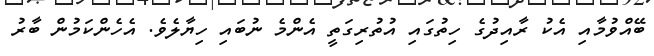
ބޭއްވުމާއި އެކު ރާއިދުގެ ހިތުގައި އުތުރިގަތީ އެންމެ ނުބައި ހިޔާލެވެ. އެހެންކަމުން ބާރު